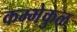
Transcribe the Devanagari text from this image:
कम्मेकुळ